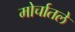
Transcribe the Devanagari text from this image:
मोर्चातले